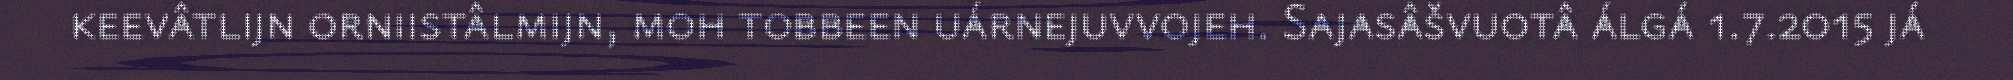
keevâtlijn orniistâlmijn, moh tobbeen uárnejuvvojeh. Sajasâšvuotâ álgá 1.7.2015 já